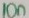
Text: 10n